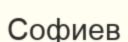
Софиев